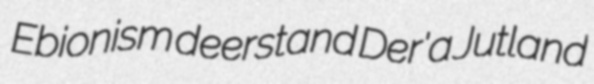
Ebionism deerstand Der'a Jutland